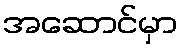
အဆောင်မှာ